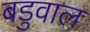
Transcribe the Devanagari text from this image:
बडुवाल